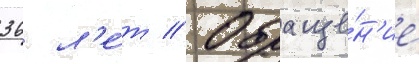
36 л'е́т // Обраще́н'ие